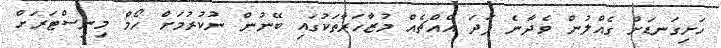
ހަށިގަނޑަށް ގެއްލުން ވެދާނެ ފަދަ އެއްޗެއް މުޒާހަރާތަކުގައި ބޭނުން ނުކުރުމަށް ހޯމް މިނިސްޓަރަށް